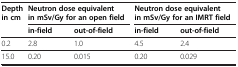
| <ROWSPAN=2> Depth in cm | <COLSPAN=2> Neutron dose equivalent in mSv/Gy for an open field | <COLSPAN=2> Neutron dose equivalent in mSv/Gy for an IMRT field |
 | in-field | out-of-field | in-field | out-of-field |
 | --- | --- | --- | --- | --- |
 | 0.2 | 2.8 | 1.0 | 4.5 | 2.4 |
 | 15.0 | 0.20 | 0.015 | 0.20 | 0.029 |